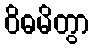
ဝိဓမိတွာ